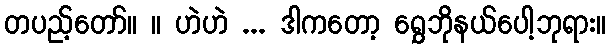
တပည့်တော်။ ။ ဟဲဟဲ ... ဒါကတော့ ရွှေဘိုနယ်ပေါ့ဘုရား။